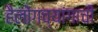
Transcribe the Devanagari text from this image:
हैलोंगच्यांगाची